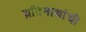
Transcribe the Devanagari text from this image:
ब्रदिनाथांची